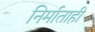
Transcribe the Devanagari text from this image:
निर्माताही